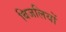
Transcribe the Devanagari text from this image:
बिजलियों